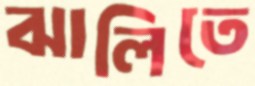
ঝালিতে